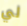
لي